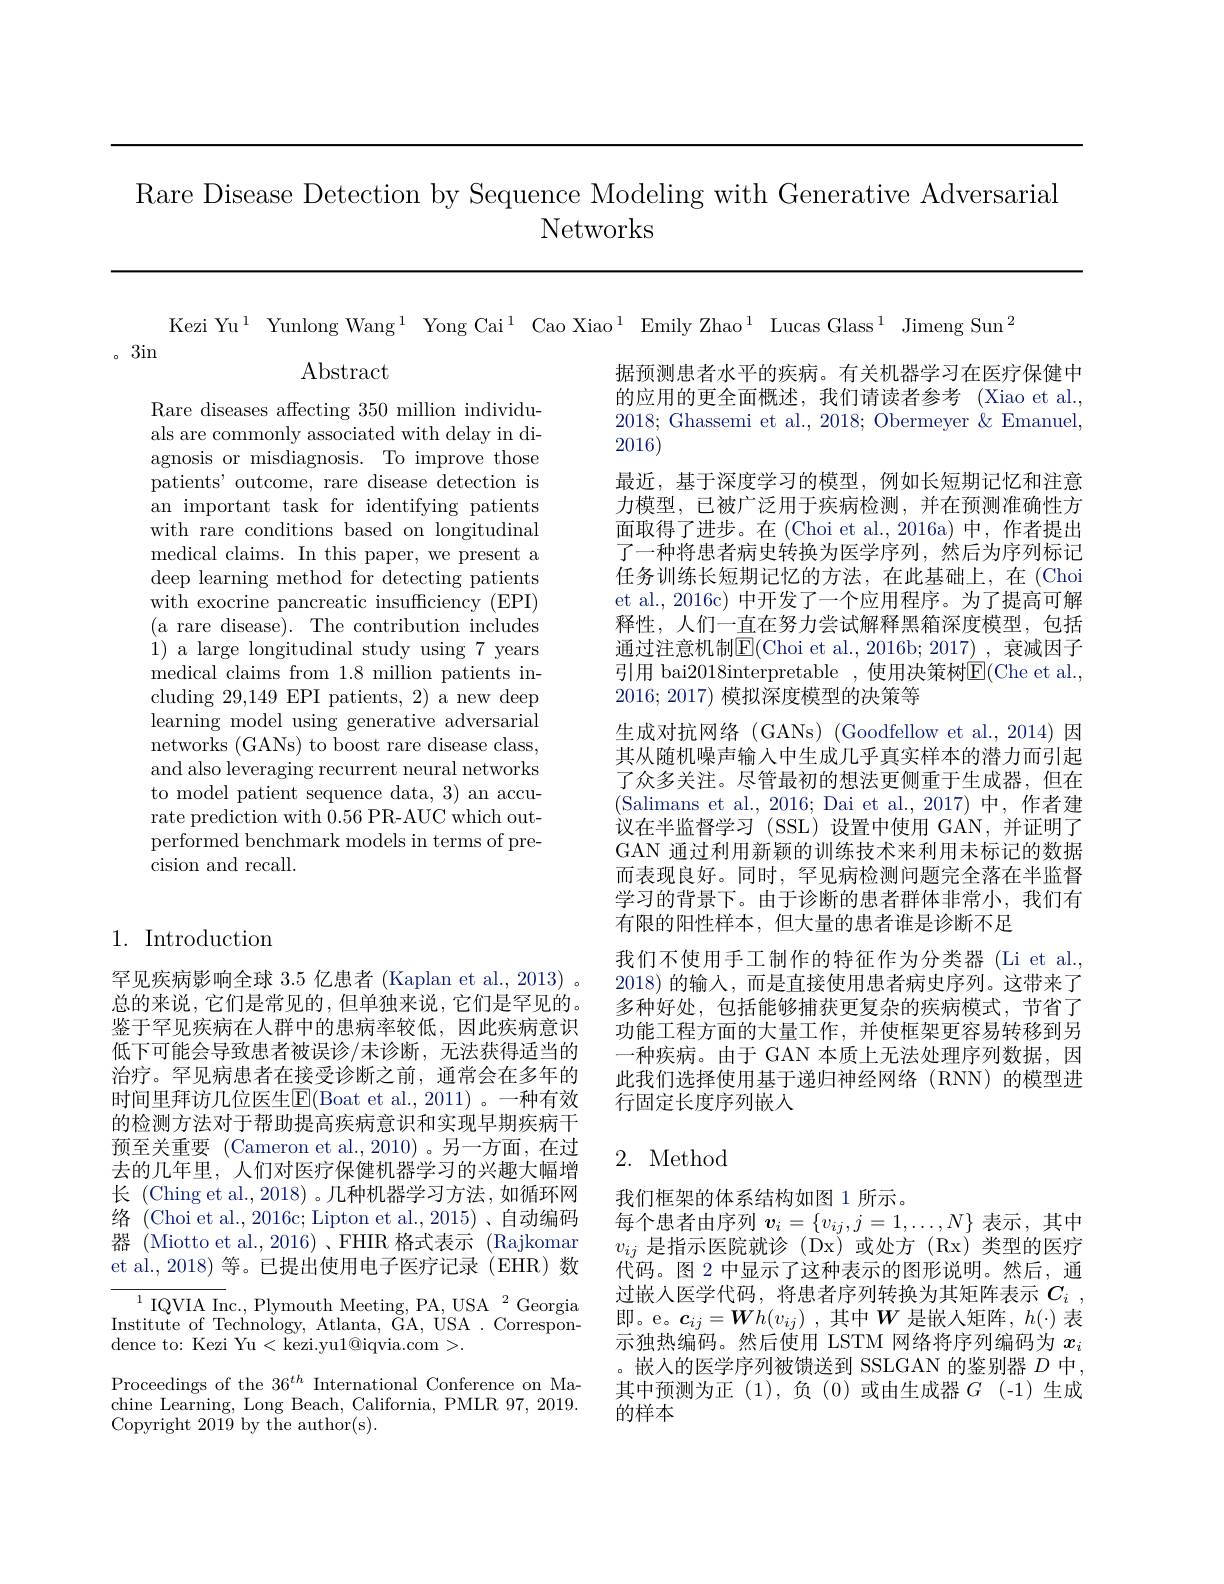
Rare Disease Detection by Sequence Modeling with Generative Adversarial
Networks

Kezi Yu$^1$ Yunlong Wang$^1$ Yong Cai$^1$ Cao Xiao$^1$ Emily Zhao$^1$ Lucas Glass$^1$ Jimeng Sun$^2$
。3in
$\operatorname{Abstract}$
据预测患者水平的疾病。有关机器学习在医疗保健中

Rare diseases affecting 350 million individuals are commonly associated with delay in diagnosis or misdiagnosis. To improve those patients' outcome, rare disease detection is an important task for identifying patients with rare conditions based on longitudinal medical claims. In this paper, we present a deep learning method for detecting patients with exocrine pancreatic insufficiency (EPI) (a rare disease). The contribution includes 1) a large longitudinal study using 7 years medical claims from 1.8 million patients including 29,149 EPI patients, 2) a new deep learning model using generative adversarial networks (GANs) to boost rare disease class, and also leveraging recurrent neural networks to model patient sequence data, 3) an accurate prediction with 0.56 PR-AUC which out- $\bar{\text{performed benchmark models in terms of pre-}}$ cision and recall.

的应用的更全面概述，我们请读者参考(Xiao et al. 2018; Ghassemi et al., 2018; Obermeyer & Emanuel, 2016)
最近，基于深度学习的模型，例如长短期记忆和注意力模型，已被广泛用于疾病检测，并在预测准确性方面取得了进步。在(Choi et al.,2016a)中，作者提出了一种将患者病史转换为医学序列，然后为序列标记任务训练长短期记忆的方法，在此基础上，在(Choi et al., 2016c) 中开发了一个应用程序。为了提高可解释性，人们一直在努力尝试解释黑箱深度模型，包括通过注意机制$\mathbb{E}($Choi et al.,2016b; 2017) , 衰减因子引用 bai2018interpretable ,使用决策树E(Che et al., 2016; 2017) 模拟深度模型的决策等
生成对抗网络(GANs)(Goodfellow et al.,2014)因其从随机噪声输入中生成几乎真实样本的潜力而引起了众多关注。尽管最初的想法更侧重于生成器，但在(Salimans et al.,2016;Dai et al.,2017)中，作者建议在半监督学习(SSL)设置中使用 GAN,并证明了GAN 通过利用新颖的训练技术来利用未标记的数据而表现良好。同时，罕见病检测问题完全落在半监督学习的背景下。由于诊断的患者群体非常小，我们有有限的阳性样本，但大量的患者谁是诊断不足
我们不使用手工制作的特征作为分类器(Li et al., 2018)的输入，而是直接使用患者病史序列。这带来了多种好处，包括能够捕获更复杂的疾病模式，节省了功能工程方面的大量工作，并使框架更容易转移到另一种疾病。由于 GAN 本质上无法处理序列数据，因此我们选择使用基于递归神经网络(RNN)的模型进行固定长度序列嵌入

## 1. Introduction

罕见疾病影响全球 3.5 亿患者 (Kaplan et al., 2013) 。总的来说，它们是常见的，但单独来说，它们是罕见的。鉴于罕见疾病在人群中的患病率较低，因此疾病意识低下可能会导致患者被误诊/未诊断，无法获得适当的治疗。罕见病患者在接受诊断之前，通常会在多年的时间里拜访几位医生$\operatorname{E}($Boat et al., 2011)。一种有效的检测方法对于帮助提高疾病意识和实现早期疾病干预至关重要 (Cameron et al.,2010)。另一方面，在过去的几年里，人们对医疗保健机器学习的兴趣大幅增长 (Ching et al., 2018) 。几种机器学习方法，如循环网络 (Choi et al., 2016c; Lipton et al., 2015)、自动编码器 (Miotto et al., 2016)、FHIR 格式表示 (Rajkomar et al., 2018) 等。已提出使用电子医疗记录(EHR) 数
$^{1}$IQVIA Inc., Plymouth Meeting, PA, USA$^2$Georgia

## 2. Method

我们框架的体系结构如图 1 所示。
每个患者由序列$v_i=\{v_{ij},j=1,\ldots,N\}$表示，其中$v_{ij}$是指示医院就诊(Dx)或处方(Rx)类型的医疗代码。图 2 中显示了这种表示的图形说明。然后，通过嵌入医学代码，将患者序列转换为其矩阵表示$C_i$ , 即。e。$\boldsymbol{c}_{ij}=\boldsymbol{W}h(v_{ij})$,其中$W$ 是嵌人矩阵，$h(\cdot)$ 表示独热编码。然后使用 LSTM 网络将序列编码为$x_i$ 。嵌入的医学序列被馈送到 SSLGAN 的鉴别器 $D$ 中， 其中预测为正(1),负(0)或由生成器$G$(-1)生成的样本

Institute of Technology, Atlanta, $\bar{\mathrm{GA}}$, USA . Correspon-
dence to: Kezi Yu< kezi.yu$1@$iqvia.com >.
Proceedings of the $36^{th}$ International Conference on Machine Learning, Long Beach, California, PMLR 97, 2019. Copyright 2019 by the author(s).